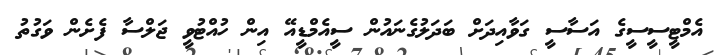
އެމްޓީސީސީގެ އަސާސީ ގަވާއިދަށް ބަދަލުގެނައުން ސީއެމްޑީއޭ އިން ހުއްޓުވީ ޖަލްސާ ފެށެން ވަގުތު